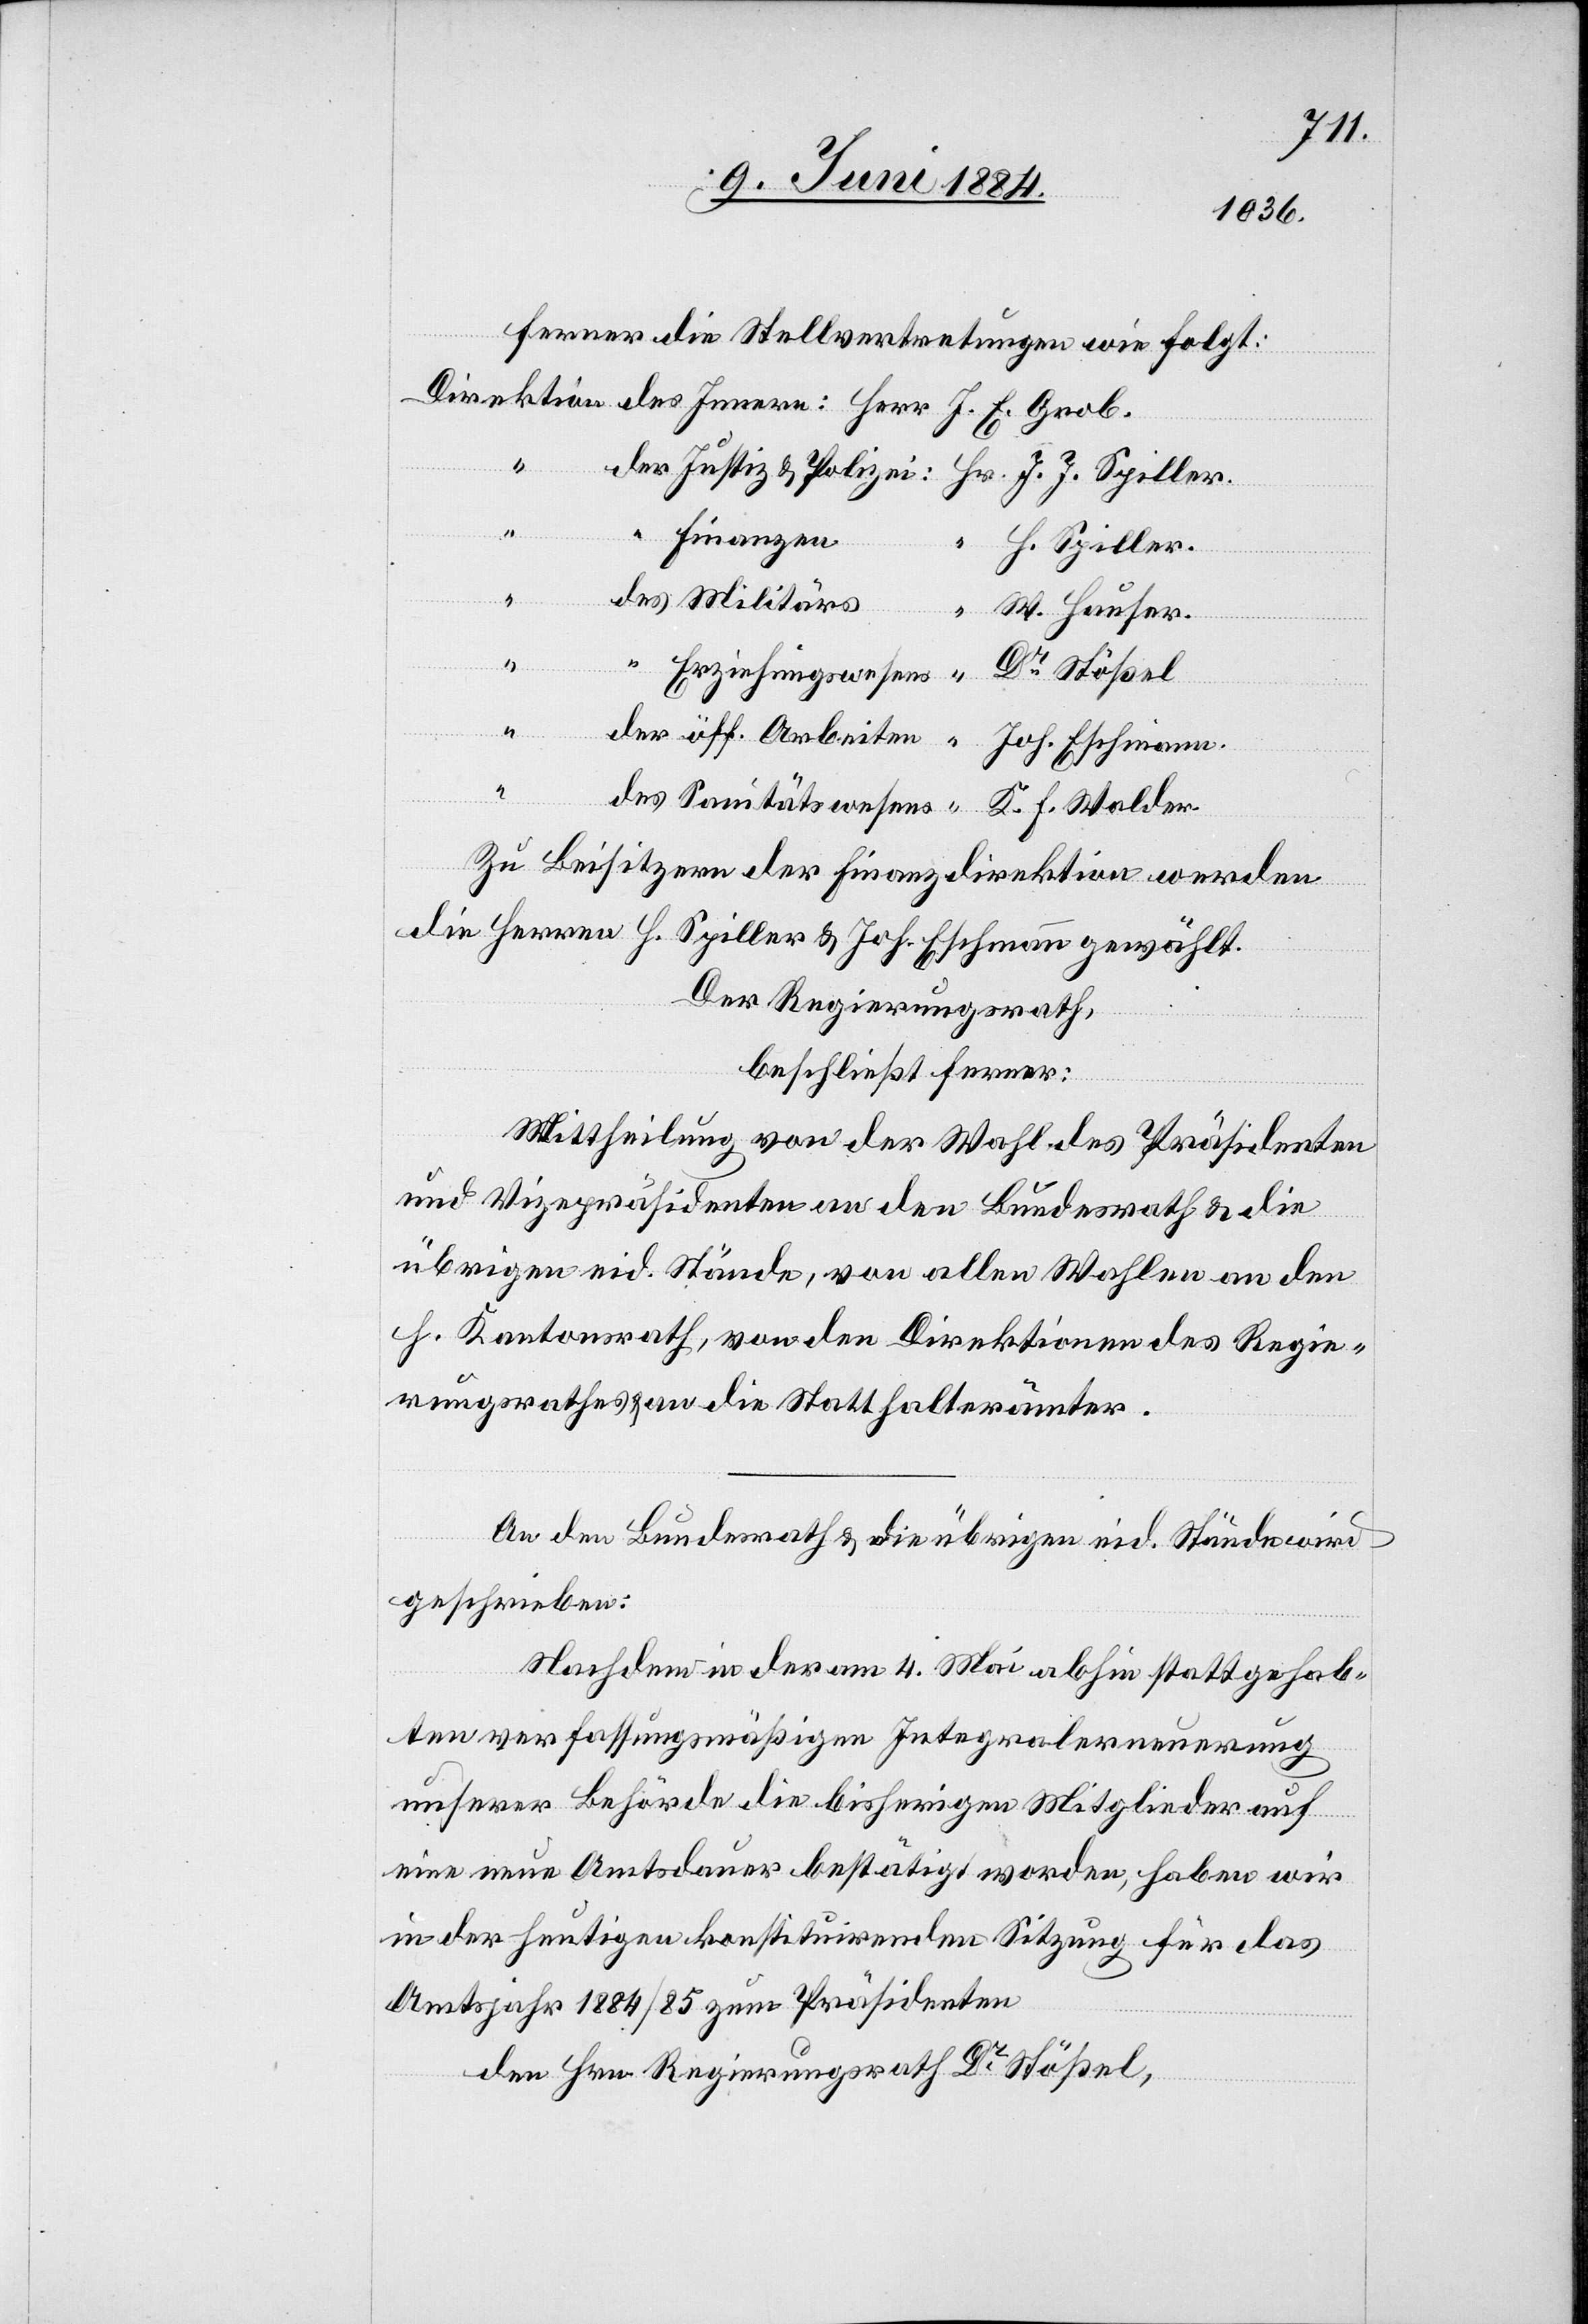
Ferner die Stellvertretungen wie folgt:
San¬
“
H.
Dr F. Walder.
Zu Beisitzern der Finanzdirektion werden
die Herren H. Spiller & Joh. Eschmann gewählt.
Der Regierungsrath,
beschließt ferner:
Mittheilung von der Wahl des Präsidenten
und Vizepräsidenten an den Bundesrath & die
übrigen eid. Stände, von allen Wahlen an den
h. Kantonsrath, von den Direktionen des Regie¬
rungsrathes & an die Statthalterämter.
An den Bundesrath & die übrigen eid. Stände wird
geschrieben:
Nachdem in der am 4. Mai abhin stattgehab¬
ten verfassungsmäßigen Integralerneuerung
unserer Behörde die bisherigen Mitglieder auf
eine neue Amtsdauer bestätigt worden, haben wir
in der heutigen konstituirenden Sitzung für das
Amtsjahr 1884/85 zum Präsidenten
den Hrn. Regierungsrath Dr Stößel,